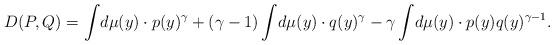
LaTeX: \begin{align*} D(P,Q) = \int\! d\mu(y)\cdot p(y)^\gamma + (\gamma-1)\int\! d\mu(y)\cdot q(y)^\gamma - \gamma \int\! d\mu(y)\cdot p(y) q(y)^{\gamma-1}.\end{align*}